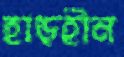
হাড়হীন